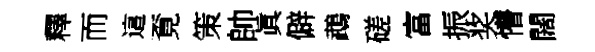
釋而這覔策帥眞僻鵡磋富振奖懵闊